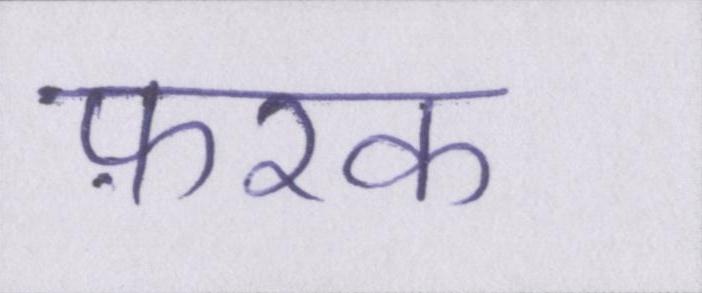
फ़रक